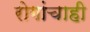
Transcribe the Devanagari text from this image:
रोगांचाही